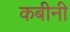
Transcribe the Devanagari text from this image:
कबीनी